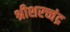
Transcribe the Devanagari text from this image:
श्रीशरच्चंद्र